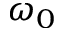
\omega _ { 0 }